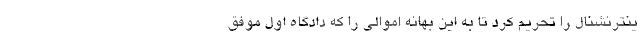
ینترنشنال را تحریم کرد تا به این بهانه اموالی را که دادگاه اول موفق